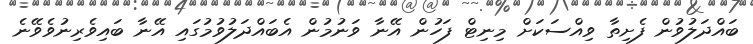
ބައްދަލުވުން ފެށިތާ ވިއްސަކަށް މިނިޓް ފަހުން އޭނާ ވަނުމުން އެބައްދަލުވުމުގައި އޭނާ ބައިވެރިނުވެވޭނެ